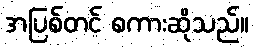
အပြစ်တင် စကားဆိုသည်။